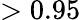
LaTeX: >0.95